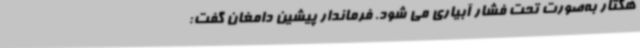
هکتار به‌صورت تحت فشار آبیاری می شود. فرماندار پیشین دامغان گفت: